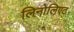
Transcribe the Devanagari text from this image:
लिनोलिएट